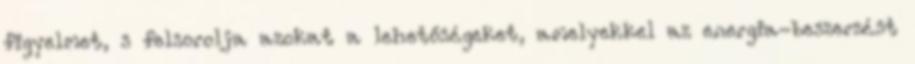
figyelmet, s felsorolja azokat a lehetőségeket, amelyekkel az energia-beszerzést